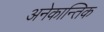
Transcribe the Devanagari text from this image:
अनेकान्तिक